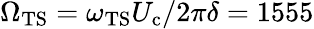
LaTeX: \Omega_{\mathrm{TS}}={\omega_{\mathrm{TS}}}{U_{\mathrm{c}}}/{2\pi}{\delta}=1555